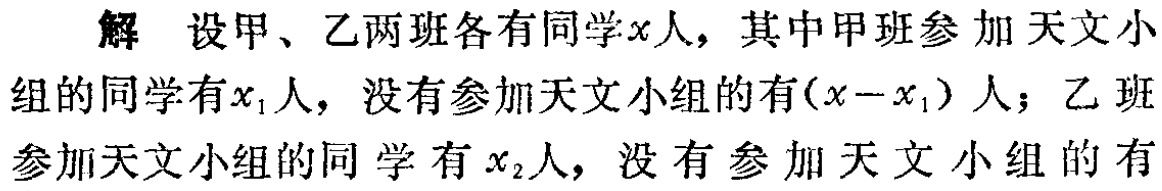
解 设甲、乙两班各有同学\(x\)人，其中甲班参加天文小组的同学有\(x_{1}\)人，没有参加天文小组的有\((x - x_{1})\)人；乙班参加天文小组的同学有\(x_{2}\)人，没有参加天文小组的有